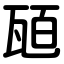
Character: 瓸